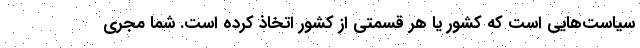
سياست‌هايي است كه كشور يا هر قسمتي از كشور اتخاذ كرده است. شما مجري